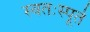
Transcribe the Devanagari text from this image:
स्वतःस्पूर्त